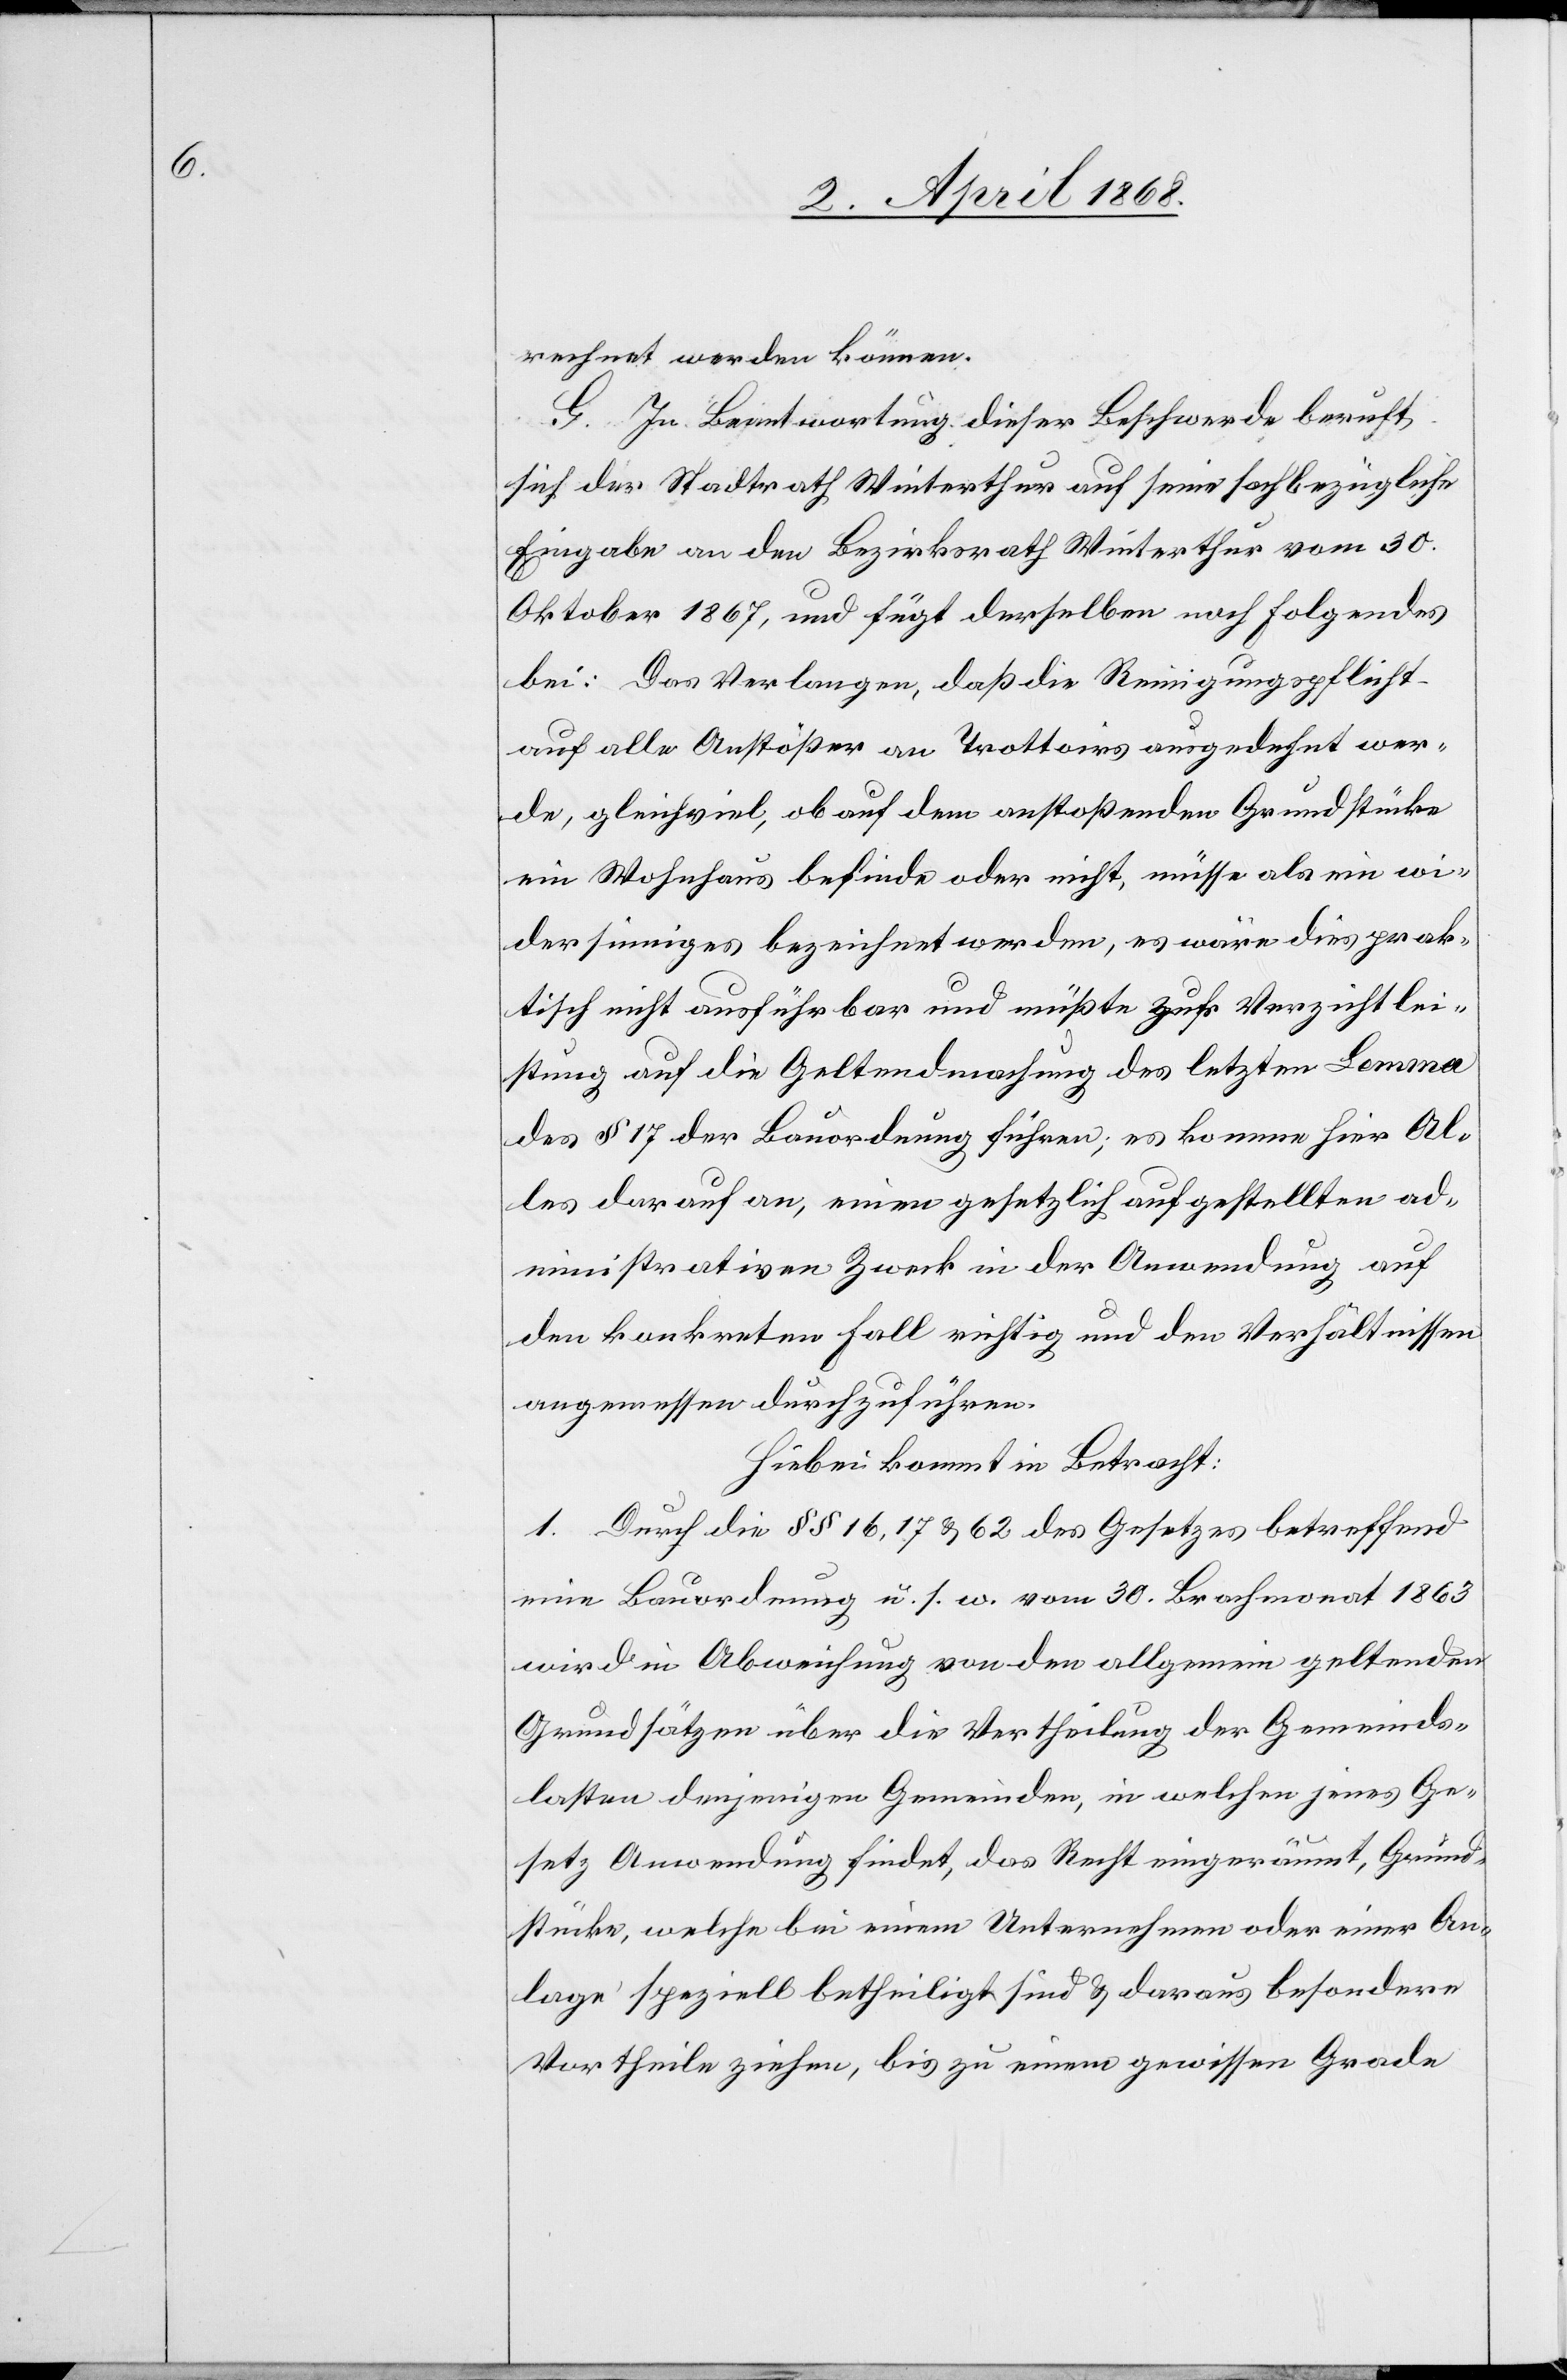
rechnet werden können.
G. In Beantwortung dieser Beschwerde beruft
sich der Stadtrath Winterthur auf seine sachbezügliche
Eingabe an den Bezirksrath Winterthur vom 30.
Oktober 1867, und fügt derselben noch Folgendes
bei: Das Verlangen, daß die Reinigungspflicht
auf alle Anstößer an Trottoirs ausgedehnt wer¬
de, gleichviel, ob [sich] auf dem anstoßenden Grundstücke
ein Wohnhaus befinde oder nicht, müsse als ein wi¬
dersinniges bezeichnet werden, es wäre dies prak¬
tisch nicht ausführbar und müßte zur Verzichtlei¬
stung auf die Geltendmachung des letzten Lemma
des § 17 der Bauordnung führen; es komme hier Al¬
les darauf an, einen gesetzlich aufgestellten ad¬
ministrativen Zweck in der Anwendung auf
den konkreten Fall richtig und den Verhältnissen
angemessen durchzuführen.
Hiebei kommt in Betracht:
1. Durch die §§ 16, 17 & 62 des Gesetzes betreffend
eine Bauordnung u. s. w. vom 30. Brachmonat 1863
wird in Abweichung von den allgemein geltenden
Grundsätzen über die Vertheilung der Gemeinds¬
lasten denjenigen Gemeinden, in welchen jenes Ge¬
setz Anwendung findet, das Recht eingeräumt, Grund¬
stücke, welche bei einem Unternehmen oder einer An¬
lage speziell betheiligt sind & daraus besondere
Vortheile ziehen, bis zu einem gewissen Grade